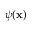
\psi ( \mathbf { x } )